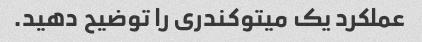
عملکرد یک میتوکندری را توضیح دهید.